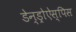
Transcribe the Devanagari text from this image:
डेन्ड्रोऐस्पिस